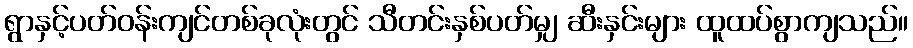
ရွာနှင့်ပတ်ဝန်းကျင်တစ်ခုလုံးတွင် သီတင်းနှစ်ပတ်မျှ ဆီးနှင်းများ ထူထပ်စွာကျသည်။